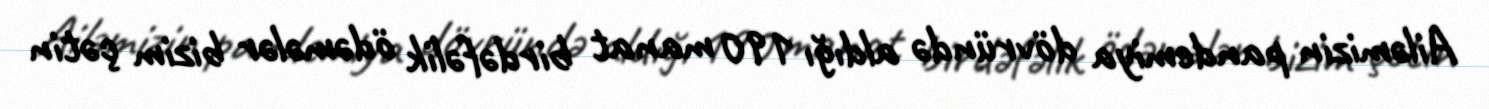
Ailəmizin pandemiya dövründə aldığı 190 manat birdəfəlik ödəmələr bizim çətin